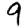
Digit: 9